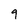
Character: 9